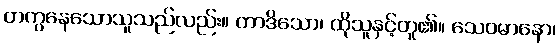
တကွနေသောသူသည်လည်း။ တာဒိသော၊ ထိုသူနှင့်တူ၏။ သေဝမာနော၊